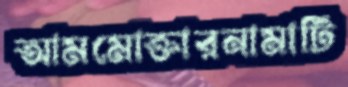
আমমোক্তারনামাটি